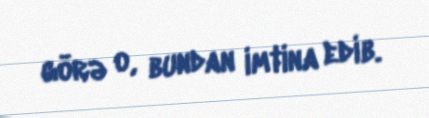
görə o, bundan imtina edib.